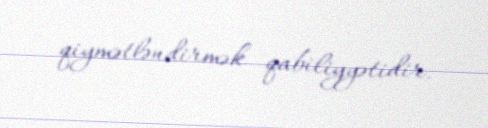
qiymətləndirmək qabiliyyətidir.